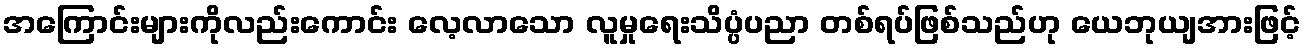
အကြောင်းများကိုလည်းကောင်း လေ့လာသော လူမှုရေးသိပ္ပံပညာ တစ်ရပ်ဖြစ်သည်ဟု ယေဘုယျအားဖြင့်